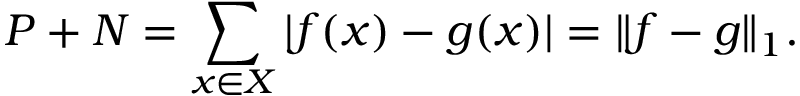
P + N = \sum _ { x \in X } | f ( x ) - g ( x ) | = \| f - g \| _ { 1 } .